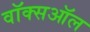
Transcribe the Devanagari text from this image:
वॉक्सऑल